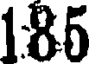
185